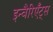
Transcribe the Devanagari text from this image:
इन्वैरिएँट्स